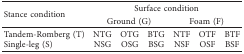
<table><thead><tr><td rowspan="2"><b>Stance condition</b></td><td colspan="6"><b>Surface condition</b></td></tr><tr><td colspan="3"><b>Ground (G)</b></td><td colspan="3"><b>Foam (F)</b></td></tr></thead><tbody><tr><td>Tandem-Romberg (T)</td><td>NTG</td><td>OTG</td><td>BTG</td><td>NTF</td><td>OTF</td><td>BTF</td></tr><tr><td>Single-leg (S)</td><td>NSG</td><td>OSG</td><td>BSG</td><td>NSF</td><td>OSF</td><td>BSF</td></tr></tbody></table>